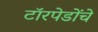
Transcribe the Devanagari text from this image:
टॉरपेडोंचे